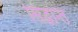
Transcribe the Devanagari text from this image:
सिद्धांन्त